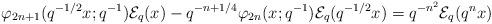
LaTeX: \begin{align*} \varphi_{2n+1}(q^{-1/2}x;q^{-1})\mathcal{E}_{q}(x)-q^{-n+1/4}\varphi_{2n}(x;q^{-1})\mathcal{E}_{q}(q^{-1/2}x)=q^{-n^{2}}\mathcal{E}_{q}(q^{n}x) \end{align*}